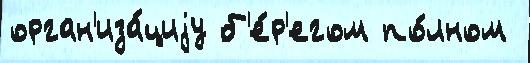
орган'иза́циjу б'е́р'егом по́лном